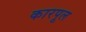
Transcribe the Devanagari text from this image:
कारपूल